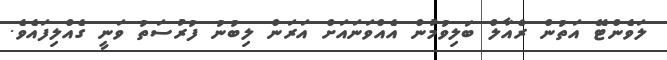
ލަވެންޓޭ އަތުން ރެއާލް ބަލިވުމުން އެއްވަނައަށް އަރަން ލިބުނު ފުރުސަތު ވަނީ ގެއްލިފައެވެ.